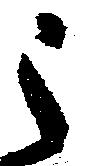
之